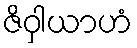
ဇိဝှါယာဟံ